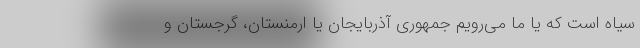
سیاه است که یا ما می‌رویم جمهوری آذربایجان یا ارمنستان، گرجستان و